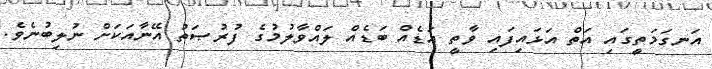
އަނގަމަތީގައި އަތް އަޅައިފައި ވާތީ އަޑެއް ބަޑެއް ލައްވާލުމުގެ ފުރުޞަތު އޭނާއަކަށް ނުލިބުނެވެ.